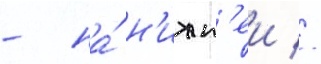
- на́ н'ижн'еи //